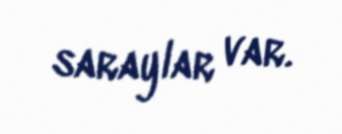
saraylar var.